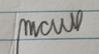
Signature authenticity: genuine